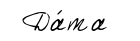
Да́та